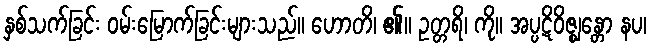
နှစ်သက်ခြင်း ဝမ်းမြောက်ခြင်းများသည်။ ဟောတိ၊ ၏။ ဥတ္တရိ၊ ကို။ အပ္ပဋိဝိဇ္ဈန္တော နပ၊